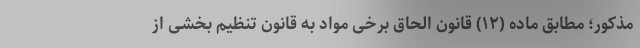
مذکور؛ مطابق ماده (۱۲) قانون الحاق برخی مواد به قانون تنظیم بخشی از